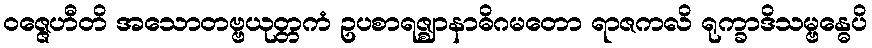
ဝဇ္ဇေဟီတိ အသောတဗ္ဗယုတ္တကံ ဥပစာရဇ္ဈာနာဓိဂမတော ရာဇကလိ ရုက္ခာဒိသမ္ဗန္ဓေပိ